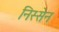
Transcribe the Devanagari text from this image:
निस्सेन